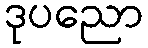
ဒုပညော